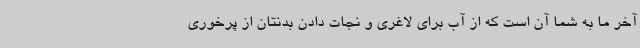
آخر ما به شما آن است که از آب برای لاغری و نجات دادن بدنتان از پرخوری